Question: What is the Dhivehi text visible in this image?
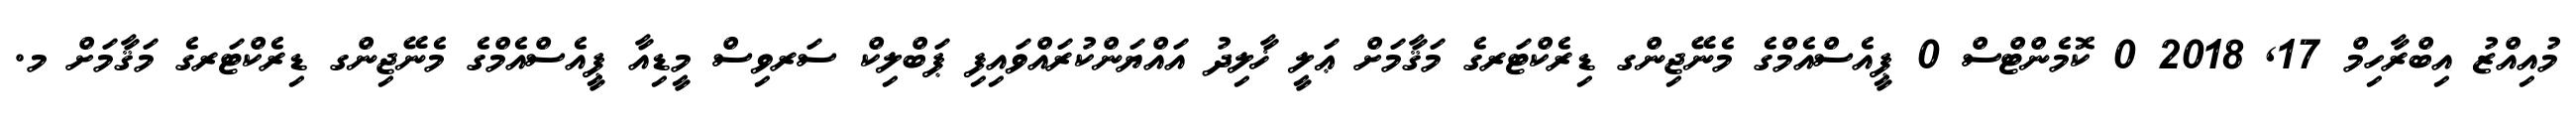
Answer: މުއިއްޒު އިބްރާހިމް 17, 2018 0 ކޮމެންޓްސް 0 ޕީއެސްއެމްގެ މެނޭޖިންގ ޑިރެކްޓަރގެ މަޤާމަށް ޢަލީ ޚާލިދު އައްޔަންކުރައްވައިފި ޕަބްލިކް ސަރވިސް މީޑިއާ ޕީއެސްއެމްގެ މެނޭޖިންގ ޑިރެކްޓަރގެ މަޤާމަށް މ.